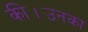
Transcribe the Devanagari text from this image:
की।उनका